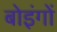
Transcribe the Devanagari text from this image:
बोइंगों